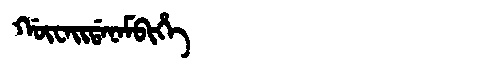
Manchu: ᡤᡡᠸᠠᡳᡩᠠᠨᠠᠮᠪᡳᡥᡝ
Romanization: GŪWAIDANAMBIHE